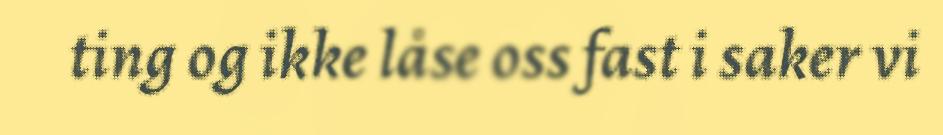
ting og ikke låse oss fast i saker vi